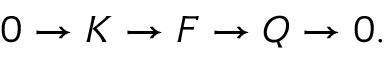
0 \to K \to F \to Q \to 0 .